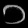
Digit: ၁